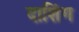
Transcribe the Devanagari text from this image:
दाशिंग